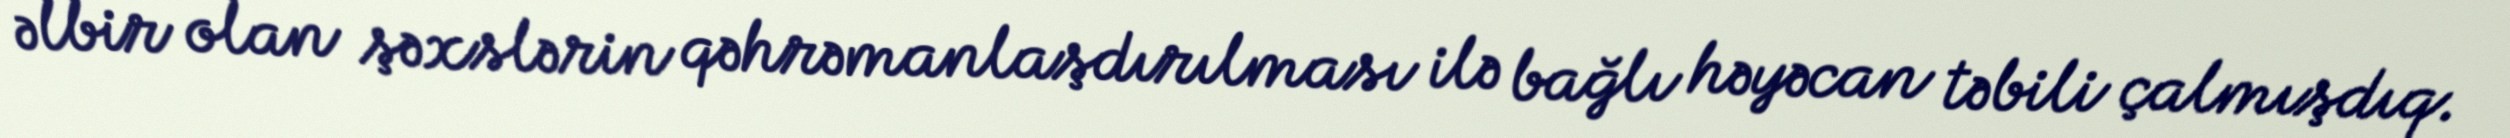
əlbir olan şəxslərin qəhrəmanlaşdırılması ilə bağlı həyəcan təbili çalmışdıq.